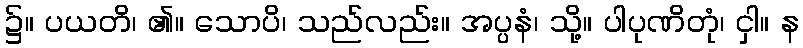
၌။ ပယတိ၊ ၏။ သောပိ၊ သည်လည်း။ အပ္ပနံ၊ သို့။ ပါပုဏိတုံ၊ ငှါ။ န